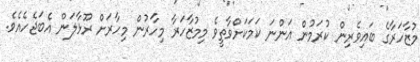
މުޒާހަރާގެ ބައިވެރިން ކުރަމުން އަންނަ ކަމަކަށްވާތީވެ މިމުޒާހަރާ މިހާރުން މިހާރަށް ރޫޅާލަން އެބަޖެހެއެވެ.